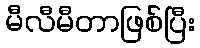
မီလီမီတာဖြစ်ပြီး